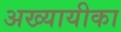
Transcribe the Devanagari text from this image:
अख्यायीका